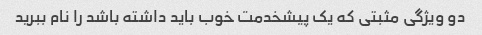
دو ویژگی مثبتی که یک پیشخدمت خوب باید داشته باشد را نام ببرید